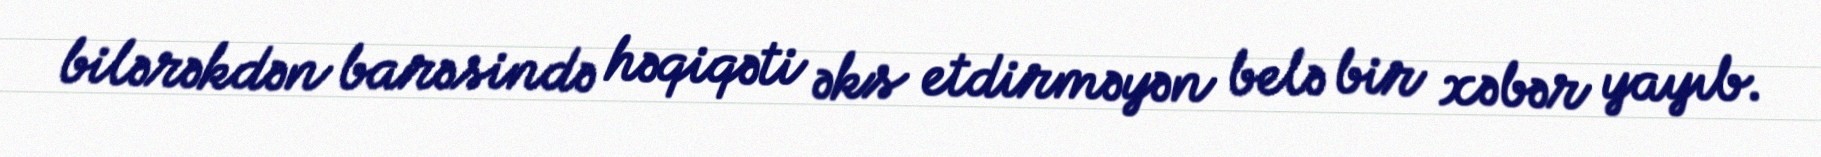
bilərəkdən barəsində həqiqəti əks etdirməyən belə bir xəbər yayıb.